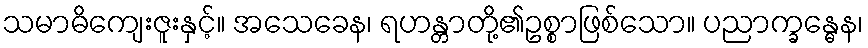
သမာဓိကျေးဇူးနှင့်။ အသေခေန၊ ရဟန္တာတို့၏ဥစ္စာဖြစ်သော။ ပညာက္ခန္ဓေန၊